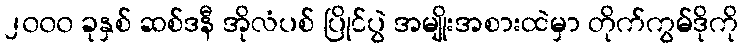
၂၀၀၀ ခုနှစ် ဆစ်ဒနီ အိုလံပစ် ပြိုင်ပွဲ အမျိုးအစားထဲမှာ တိုက်ကွမ်ဒိုကို